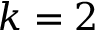
k = 2